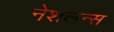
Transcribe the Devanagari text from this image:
नेशलन्स